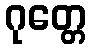
ဂုတ္တေ